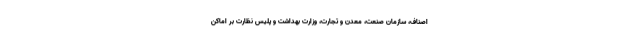
اصناف، سازمان صنعت، معدن و تجارت، وزارت بهداشت و پلیس نظارت بر اماکن